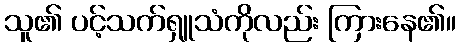
သူ၏ ပင့်သက်ရှူသံကိုလည်း ကြားနေ၏။